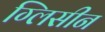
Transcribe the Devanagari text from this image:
ग्लिसीन